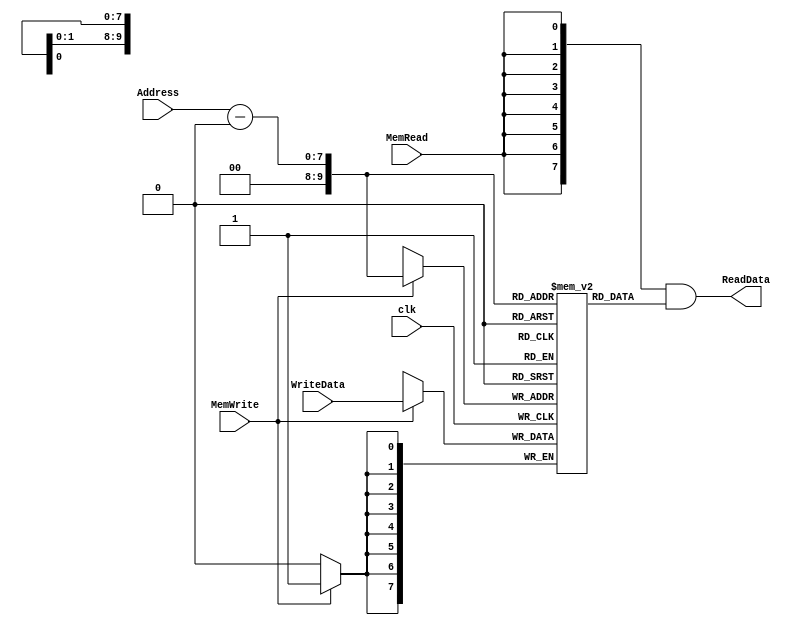
/******************************************************************
* Description
*	This is the data memory for the MIPS processor
*	1.0
* Author:
*	Dr. Jos Luis Pizano Escalante
* email:
*	luispizano@iteso.mx
* Date:
*	01/03/2014
******************************************************************/

module DataMemory 
#(	parameter DATA_WIDTH=8,
	parameter MEMORY_DEPTH = 1024

)
(
	input [DATA_WIDTH-1:0] WriteData,
	input [DATA_WIDTH-1:0]  Address,
	input MemWrite,MemRead, clk,
	output [DATA_WIDTH-1:0]  ReadData
);
	
	// Declare the RAM variable
	reg [DATA_WIDTH-1:0] ram[MEMORY_DEPTH-1:0];
	wire [DATA_WIDTH-1:0] ReadDataAux;

	
	wire [(DATA_WIDTH-1):0] newAddress;
	assign newAddress = Address - 32'h1001_0000;

	always @ (posedge clk)
	begin
		// Write
		if (MemWrite)
			ram[newAddress] <= WriteData;
	end
	assign ReadDataAux = ram[newAddress];
  	assign ReadData = {DATA_WIDTH{MemRead}}& ReadDataAux;

endmodule